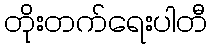
တိုးတက်ရေးပါတီ